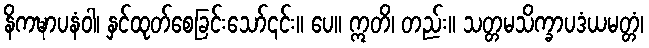
နိကဍ္ဎာပနံဝါ၊ နှင်ထုတ်စေခြင်းသော်၎င်း။ ပေ။ ဣတိ၊ တည်း။ သတ္တမသိက္ခာပဒံယမတ္တံ၊